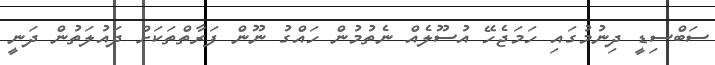
ސަބްސިޑީ ދިނުމުގައި ހަމަޖެހޭ އުސޫލެއް ނެތުމުން ހައްގު ނޫން ފަރާތްތަކަށް ދައުލަތުން ދަނީ